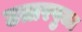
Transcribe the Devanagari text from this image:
उत्तरपुजा